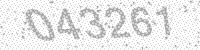
Solution: 043261